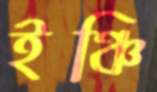
ইঞ্চি